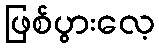
ဖြစ်ပွားလေ့